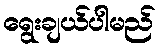
ရွေးချယ်ပါမည်